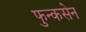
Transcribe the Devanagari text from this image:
फुन्कसेन